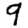
Digit: 9